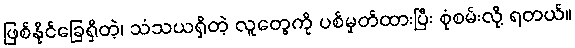
ဖြစ်နိုင်ခြေရှိတဲ့၊ သံသယရှိတဲ့ လူတွေကို ပစ်မှတ်ထားပြီး စုံစမ်းလို့ ရတယ်။